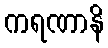
ကရဏာနိ